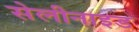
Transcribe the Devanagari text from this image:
सेलीनाइड